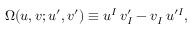
\Omega ( u , v ; u ^ { \prime } , v ^ { \prime } ) \equiv u ^ { I } \, v _ { I } ^ { \prime } - v _ { I } \, u ^ { \prime I } ,